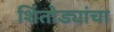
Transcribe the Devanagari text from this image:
शिंतोड्यांचा